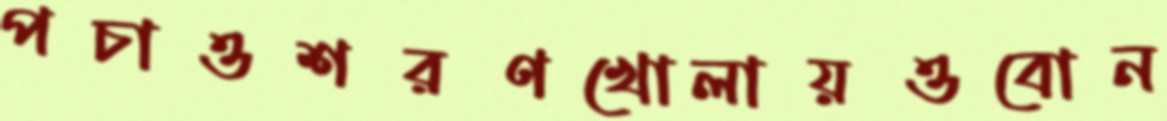
পচাওশরণখোলায়ওবোন